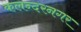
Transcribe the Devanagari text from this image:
कलन्दरनगर